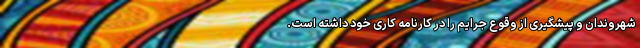
شهروندان و پیشگیری از وقوع جرایم را در کارنامه کاری خود داشته است.